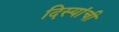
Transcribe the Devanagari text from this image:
दिस्यांची